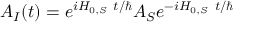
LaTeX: A _ { I } ( t ) = e ^ { i H _ { 0 , S } ~ t / \hbar } A _ { S } e ^ { - i H _ { 0 , S } ~ t / \hbar }